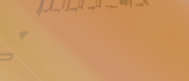
متجر السلسلة للأجهزة الإل